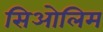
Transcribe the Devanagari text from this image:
सिओलिम